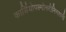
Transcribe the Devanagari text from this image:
कार्डियोपल्मोनरीनिगरानी